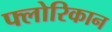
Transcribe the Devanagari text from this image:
फ्लोरिकान